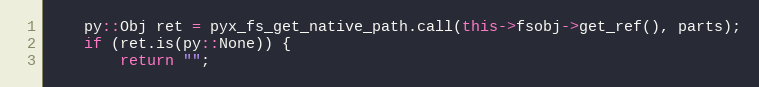
Language: C++
	py::Obj ret = pyx_fs_get_native_path.call(this->fsobj->get_ref(), parts);
	if (ret.is(py::None)) {
		return "";